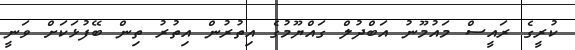
ކުރީގެ ރައީސް މަައުމޫނު އަބްދުލް ގައްޔޫމުގެ އިތުރުން އިތުރު ތިން ބޭފުޅަކަށް ވަނީ